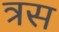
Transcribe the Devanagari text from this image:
त्रस